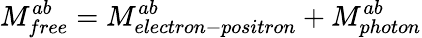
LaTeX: M_{free}^{ab}=M_{electron-positron}^{ab}+M_{photon}^{ab}